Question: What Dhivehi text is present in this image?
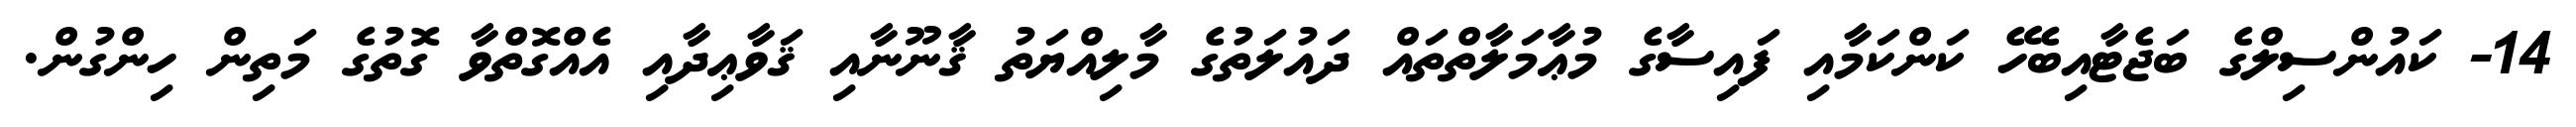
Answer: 14- ކައުންސިލްގެ ބަޖެޓާއިބެހޭ ކަންކަމާއި ފައިސާގެ މުޢާމަލާތްތައް ދައުލަތުގެ މާލިއްޔަތު ޤާނޫނާއި ޤަވާޢިދާއި އެއްގޮތްވާ ގޮތުގެ މަތިން ހިންގުން.